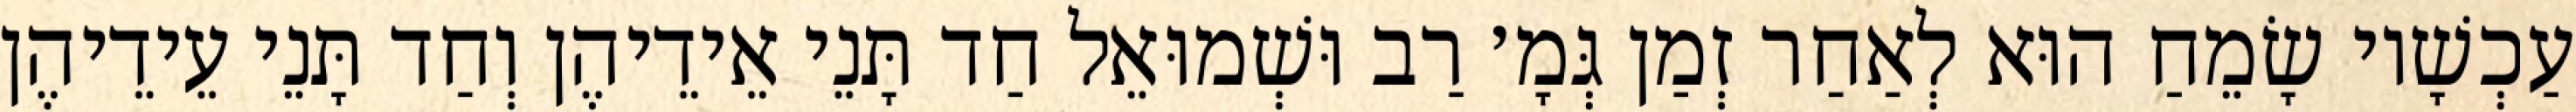
עַכְשָׁיו שָׂמֵחַ הוּא לְאַחַר זְמַן גְּמָ׳ רַב וּשְׁמוּאֵל חַד תָּנֵי אֵידֵיהֶן וְחַד תָּנֵי עֵידֵיהֶן